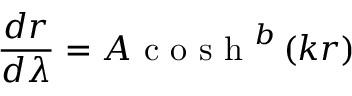
\frac { d r } { d \lambda } = A \textrm { c o s h } ^ { b } \left( k r \right)